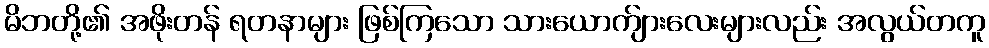
မိဘတို့၏ အဖိုးတန် ရတနာများ ဖြစ်ကြသော သားယောက်ျားလေးများလည်း အလွယ်တကူ